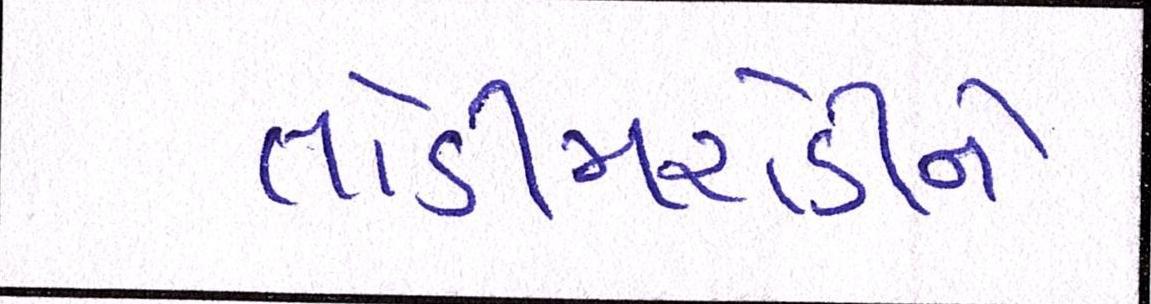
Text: તોડીમરોડીને